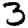
Digit: 3